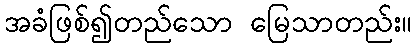
အခံဖြစ်၍တည်သော မြေသာတည်း။